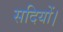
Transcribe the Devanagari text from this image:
सदियों।